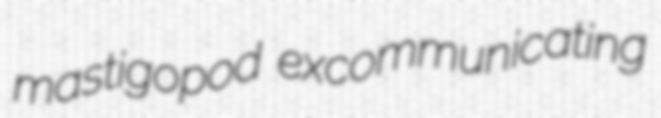
mastigopod excommunicating